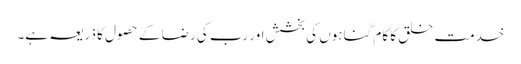
خدمت خلق کا کام گناہوں کی بخشش اور رب کی رضا کے حصول کا ذریعہ ہے۔